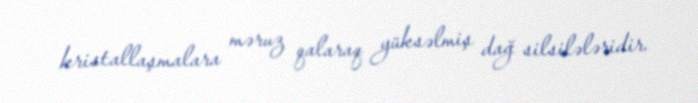
kristallaşmalara məruz qalaraq yüksəlmiş dağ silsilələridir.